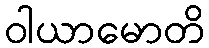
ဝါယာမောတိ